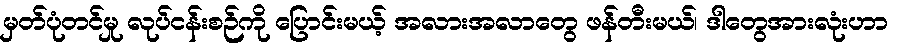
မှတ်ပုံတင်မှု လုပ်ငန်းစဉ်ကို ပြောင်းမယ့် အလားအလာတွေ ဖန်တီးမယ်၊ ဒါတွေအားလုံးဟာ